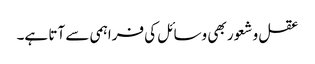
عقل و شعور بھی وسائل کی فراہمی سے آتا ہے۔